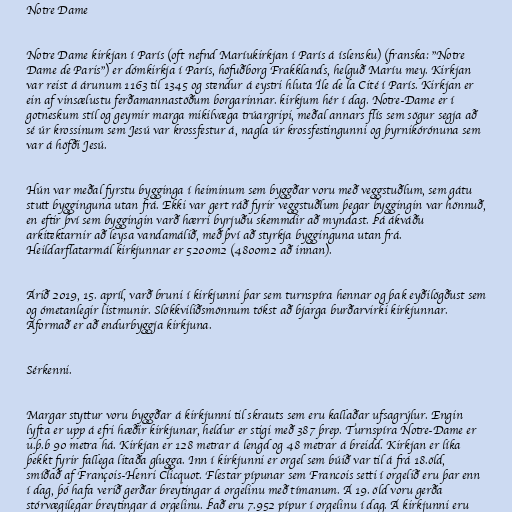
Notre Dame

Notre Dame kirkjan í París (oft nefnd Maríukirkjan í París á íslensku) (franska: "Notre
Dame de Paris") er dómkirkja í París, höfuðborg Frakklands, helguð Maríu mey. Kirkjan
var reist á árunum 1163 til 1345 og stendur á eystri hluta Île de la Cité í París. Kirkjan er
ein af vinsælustu ferðamannastöðum borgarinnar. kirkjum hér í dag. Notre-Dame er í
gotneskum stíl og geymir marga mikilvæga trúargripi, meðal annars flís sem sögur segja að
sé úr krossinum sem Jesú var krossfestur á, nagla úr krossfestingunni og þyrnikórónuna sem
var á höfði Jesú.

Hún var meðal fyrstu bygginga í heiminum sem byggðar voru með veggstuðlum, sem gátu
stutt bygginguna utan frá. Ekki var gert ráð fyrir veggstuðlum þegar byggingin var hönnuð,
en eftir því sem byggingin varð hærri byrjuðu skemmdir að myndast. Þá ákváðu
arkitektarnir að leysa vandamálið, með því að styrkja bygginguna utan frá.
Heildarflatarmál kirkjunnar er 5200m2 (4800m2 að innan).

Árið 2019, 15. apríl, varð bruni í kirkjunni þar sem turnspíra hennar og þak eyðilögðust sem
og ómetanlegir listmunir. Slökkviliðsmönnum tókst að bjarga burðarvirki kirkjunnar.
Áformað er að endurbyggja kirkjuna.

Sérkenni.

Margar styttur voru byggðar á kirkjunni til skrauts sem eru kallaðar ufsagrýlur. Engin
lyfta er upp á efri hæðir kirkjunar, heldur er stigi með 387 þrep. Turnspíra Notre-Dame er
u.þ.b 90 metra há. Kirkjan er 128 metrar á lengd og 48 metrar á breidd. Kirkjan er líka
þekkt fyrir fallega litaða glugga. Inn í kirkjunni er orgel sem búið var til á frá 18.öld,
smíðað af François-Henri Clicquot. Flestar pípunar sem Francois setti í orgelið eru þar enn
í dag, þó hafa verið gerðar breytingar á orgelinu með tímanum. Á 19. öld voru gerða
stórvægilegar breytingar á orgelinu. Það eru 7.952 pípur í orgelinu í dag. Á kirkjunni eru